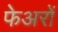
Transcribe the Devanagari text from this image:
फेअरों